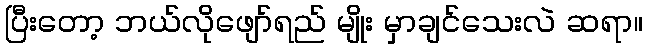
ပြီးတော့ ဘယ်လိုဖျော်ရည် မျိုး မှာချင်သေးလဲ ဆရာ။